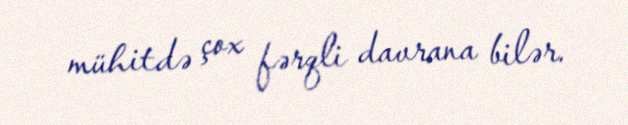
mühitdə çox fərqli davrana bilər.